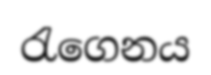
රැගෙනය